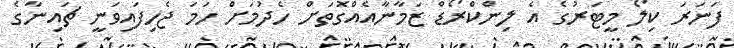
ފަނަރަ ކިލޯ މީޓަރުގެ އެ ލިންކްރޯޑް ޒަމާނާއެއްގޮތަށް ހެދުމަށް ހަމަ ޖެހިފައިވަނީ ޗައިނާގެ